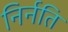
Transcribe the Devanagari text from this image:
निर्नति